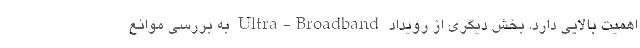
اهمیت بالایی دارد. بخش دیگری از رویداد Ultra-Broadband به بررسی موانع